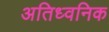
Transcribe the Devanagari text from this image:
अतिध्वनिक